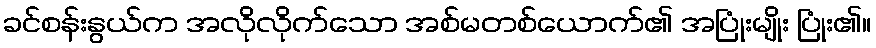
ခင်စန်းနွယ်က အလိုလိုက်သော အစ်မတစ်ယောက်၏ အပြုံးမျိုး ပြုံး၏။